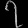
Digit: ၇